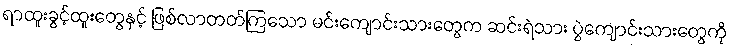
ရာထူးခွင့်ထူးတွေနှင့် ဖြစ်လာတတ်ကြသော မင်းကျောင်းသားတွေက ဆင်းရဲသား ပွဲကျောင်းသားတွေကို